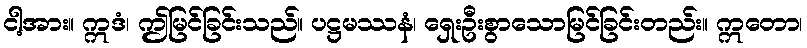
ငါ့အား။ ဣဒံ၊ ဤမြင်ခြင်းသည်။ ပဋ္ဌမဿနံ၊ ရှေးဦးစွာသောမြင်ခြင်းတည်း။ ဣတော၊